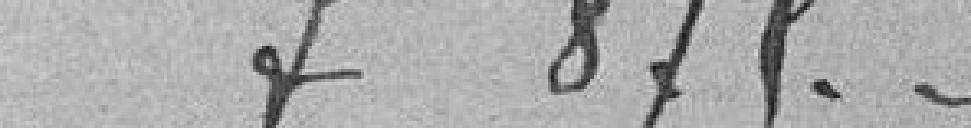
F 875